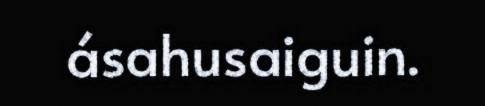
ásahusaiguin.